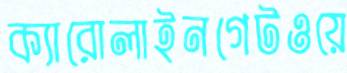
ক্যারোলাইনগেটওয়ে